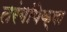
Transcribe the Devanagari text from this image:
तरंगांपेक्षा